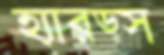
হ্যারড্স